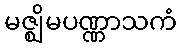
မဇ္ဈိမပဏ္ဏာသကံ